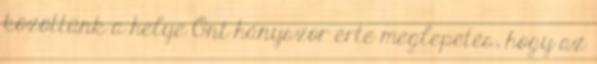
közöttünk a helye Önt hányszor érte meglepetés, hogy az